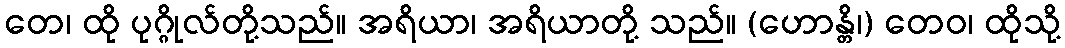
တေ၊ ထို ပုဂ္ဂိုလ်တို့သည်။ အရိယာ၊ အရိယာတို့ သည်။ (ဟောန္တိ၊) တေဝ၊ ထိုသို့